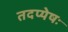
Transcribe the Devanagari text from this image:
तदप्येषः